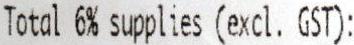
TOTAL 6% SUPPLIES (EXCL. GST):